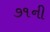
૭૧ની